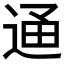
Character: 𨓥